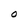
Character: O